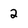
Character: 2